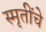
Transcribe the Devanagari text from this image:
स्मृतींचे